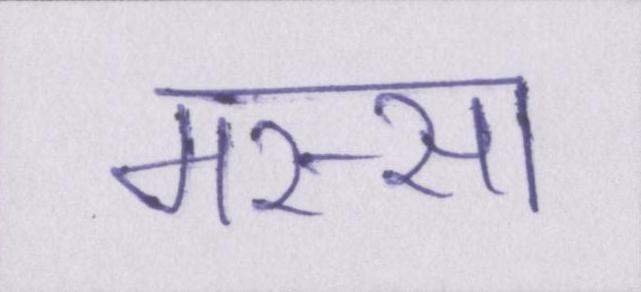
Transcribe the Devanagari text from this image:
मस्सा